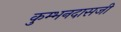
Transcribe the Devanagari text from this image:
कुम्भनदासजी